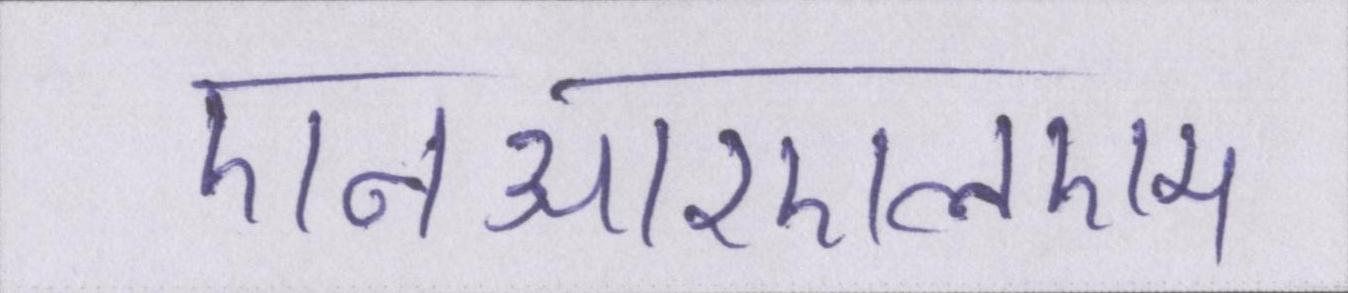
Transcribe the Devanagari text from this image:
एनआरएलएम